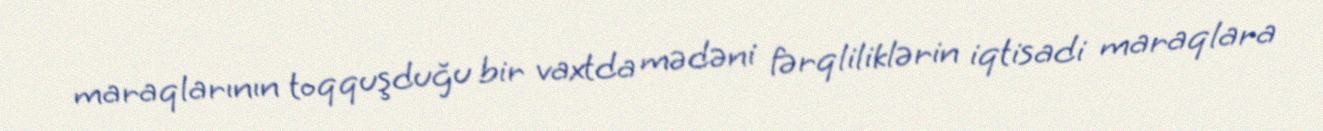
maraqlarının toqquşduğu bir vaxtda mədəni fərqliliklərin iqtisadi maraqlara